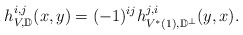
\begin{align*}h_{V,\mathbb D}^{i,j}(x,y)=(-1)^{ij}h_{V^*(1),\mathbb D^{\perp}}^{j,i}(y,x).\end{align*}